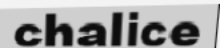
chalice